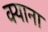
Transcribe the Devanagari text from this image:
क्याना